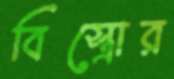
বিস্ত্রোর